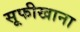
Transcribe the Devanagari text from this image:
सूफीखाना